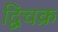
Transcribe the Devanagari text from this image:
द्विचक्र